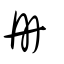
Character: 冊